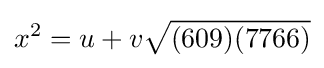
x^{2}=u+v{\sqrt {(609)(7766)}}